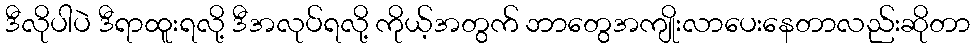
ဒီလိုပါပဲ ဒီရာထူးရလို့ ဒီအလုပ်ရလို့ ကိုယ့်အတွက် ဘာတွေအကျိုးလာပေးနေတာလည်းဆိုတာ